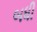
બધી